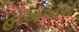
હોઓઓઓ